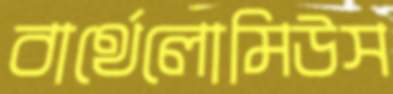
বার্থেলোমিউস